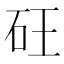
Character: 𮀍